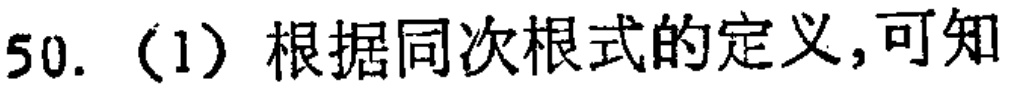
50. （1）根据同次根式的定义,可知